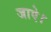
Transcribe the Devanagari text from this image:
जाऐ।